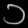
Digit: ၁